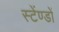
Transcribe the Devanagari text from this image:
स्टेंण्डों